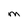
Character: M